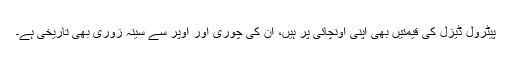
پیٹرول ڈیزل کی قیمتیں بھی اپنی اونچائی پر ہیں، ان کی چوری اور اوپر سے سینہ زوری بھی تاریخی ہے۔